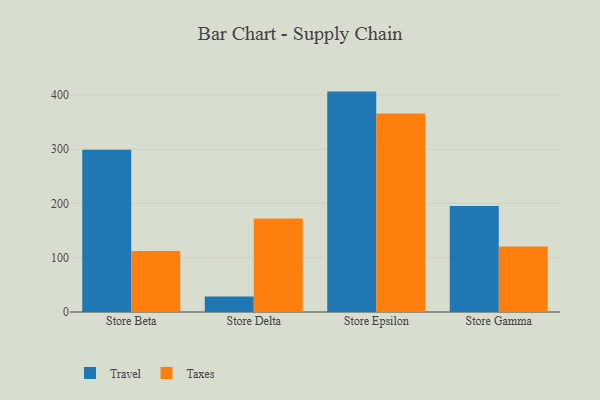
{"axis": {"x": "Store", "y": "Customer Acquisition Cost (USD)"}, "legend": ["Taxes", "Travel"], "data": [{"x": "Store Beta", "y": 298.9, "type": "Travel"}, {"x": "Store Beta", "y": 112.5, "type": "Taxes"}, {"x": "Store Delta", "y": 28.5, "type": "Travel"}, {"x": "Store Delta", "y": 172.2, "type": "Taxes"}, {"x": "Store Epsilon", "y": 406.0, "type": "Travel"}, {"x": "Store Epsilon", "y": 365.6, "type": "Taxes"}, {"x": "Store Gamma", "y": 195.1, "type": "Travel"}, {"x": "Store Gamma", "y": 120.7, "type": "Taxes"}]}